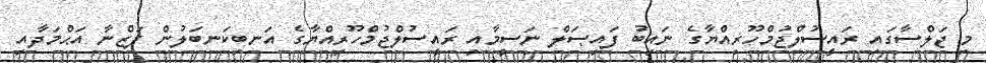
މި ޖަލްސާގައި ރައީސުލްޖުމްހޫރިއްޔާގެ ނައިބު ފައިޞަލް ނަސީމާއި ރައީސުލްޖުމްހޫރިއްޔާގެ އަނބިކަނބަލުން ފަޒްނާ އަޙްމަދާއި